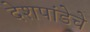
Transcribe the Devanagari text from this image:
देशपांडेचे